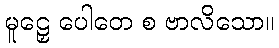
မူဠှေ ပေါတေ စ ဗာလိသော။